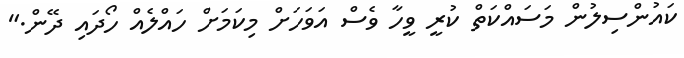
ކައުންސިލުން މަސައްކަތް ކުރީ ވީހާ ވެސް އަވަހަށް މިކަމަށް ހައްލެއް ހޯދައި ދޭން."